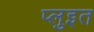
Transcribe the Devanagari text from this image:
प्लुइत